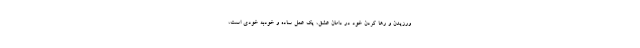
ورزیدن و رها کردن خود در دامان عشق، یک عمل ساده و خودبه خودی است،